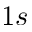
1 s